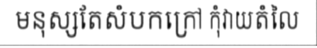
មនុស្សតែសំបកក្រៅ កុំវាយតំលៃ